Annual report on the working of the mental hospitals in the Madras Presidency - 1912-1932
Year: 1912
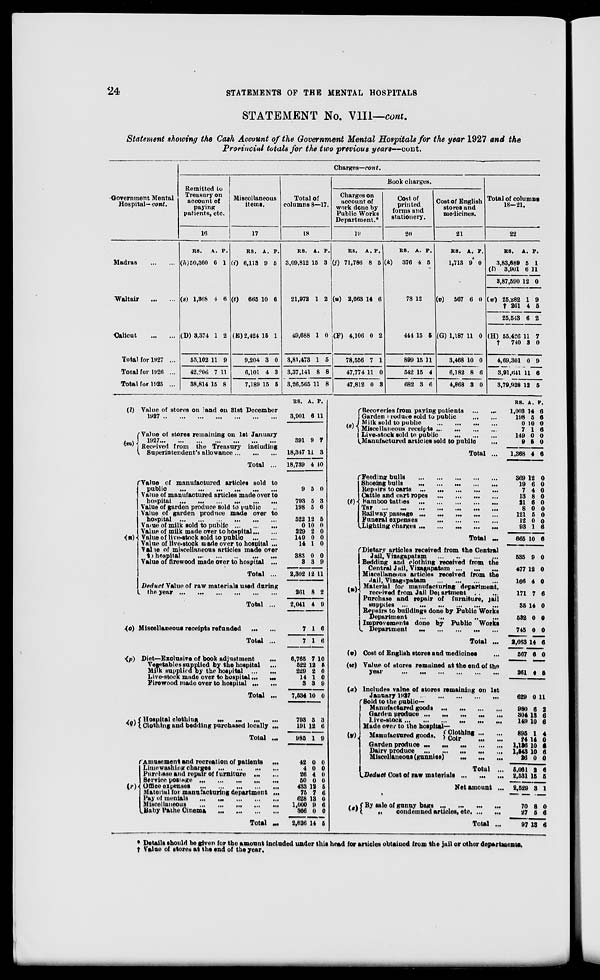
24
STATEMENTS OF THE MENTAL HOSPITALS
STATEMENT No. VIII—cont.
Statement showing the Cash Account of the Government Mental Hospitals for the year 1927 and the
Provincial totals for the two previous years—cont.
Government Mental
Hospital— cont.
Madras
...
...
Waltair
...
...
Calicut ... ...
Total for 1927 ...
Total for 1926 ...
Total for 1925 ...
Charges—cont.
Remitted to
Treasury on
account of
paying
patients, etc.
16
RS.
(h) 50,360
(s) 1,368
(D) 3,374
55,102
42,206
38,814
A.
6
4
1
11
7
15
P.
1
6
2
9
11
8
Miscellaneous
items.
17
RS.
(i) 6,113
(t)
665
(E) 2,424
9,204
6,101
7,189
A.
9
10
15
3
4
15
P.
5
6
1
0
3
5
Total of
columns 8—17.
18
RS.
3,09,812
21,972
49,686
3,81,473
3,37,141
3,26,565
A.
15
1
1
1
8
11
P.
3
2
0
5
8
8
Book charges.
Charges on
account of
work done by
Public Works
Department.*
19
RS.
(j) 71,786
(u) 2,663
(F) 4,106
78,556
47,774
47,812
A.
8
14
0
7
11
0
P.
5
6
2
1
0
3
Cost of
printed
forms and
stationery.
20
RS.
(k)
376
78
444
899
542
682
A.
4
12
15
15
15
3
P.
5
5
11
4
6
Cost of English
stores and
medicines.
21
RS.
1,713
(v)
567
(G) 1,187
3,468
6,182
4,868
A.
9
6
11
10
8
3
P.
0
0
0
0
6
0
Total of columns
18—21.
22
RS.
3,83,689
(l)
3,901
3,87,590
(w) 25,282
† 261
25,543
(H) 55,426
†
740
4,69,301
3,91,641
3,79,928
A.
5
6
12
1
4
6
11
3
0
11
12
P.
1
11
0
9
5
2
7
0
9
6
5
(l)
(m)
Value of stores on land on 31st December
1927
...
...
...
...
...
...
...
Value of stores remaining on 1st January
1927
...
...
...
...
...
...
...
Received from the Treasury including
Superintendent's allowance
...
...
...
Total ...
(o)
Value of manufactured articles sold to
public
...
...
...
...
...
...
Value of manufactured articles made over to
hospital ...
...
...
...
...
...
Value of garden produce sold to public ...
Value of garden produce made over to
hospital
...
...
...
...
...
...
Value of milk sold to public
...
...
...
Value of milk made over to hospital ... ...
Value of live-stock sold to public
...
...
Value of live-stock made over to hospital ...
Value of miscellaneous articles made over
to hospital ... ... ... ... ...
Value of firewood made over to hospital ...
Total ...
Deduct Value of raw materials used during
the year
...
...
...
...
...
...
Total ...
Miscellaneous receipts refunded
...
...
Total ...
(p) Diet—Exclusive of book adjustment
...
Vegetables supplied by the hospital ...
Milk supplied by the hospital
...
...
Live-stock made over to hospital ...
...
Firewood made over to hospital
...
...
Total ...
(q)
Hospital clothing
...
...
...
...
Clothing and bedding purchased locally ...
Total ...
(r)
Amusement and recreation of patients
...
Limewashing charges
...
...
...
...
Purchase and repair of furniture ... ...
Service postge
...
...
...
...
...
Office expenses
...
...
...
...
...
Material for manufacturing department ...
Pay of menials
...
...
...
...
...
Miscellaneous
...
...
...
...
...
Baby Pathe Cinema
...
...
...
...
Total ...
RS.
3,901
391
18,347
18,739
9
793
198
522
0
229
149
14
383
3
2,302
261
2,041
7
7
6,765
522
229
14
3
7,534
793
191
985
42
4
26
50
433
75
628
1,000
366
2,626
A.
6
9
11
4
5
5
5
12
10
2
0
1
0
3
12
8
4
1
1
7
12
2
1
3
10
5
12
1
0
0
4
0
12
7
13
9
0
14
P.
11
7
3
10
0
3
6
5
0
0
0
0
0
9
11
2
9
6
6
10
5
0
0
9
0
3
6
9
0
0
0
0
5
6
0
6
0
5
(s)
Recoveries from paying patients ... ...
Garden produce sold to public
...
...
Milk sold to public
...
...
...
...
Miscellaneous receipts
...
...
...
...
Live-stock sold to
public
...
...
...
Manufactured articles sold to public ...
Total ...
(t)
Feeding bulls ... ... ... ... ...
Shoeing bulls
...
...
...
...
...
Repairs to carts
...
...
...
...
...
Cattle and cart ropes ... ... ... ...
Bamboo tatties
...
...
...
...
...
Tar
...
...
...
...
...
...
...
Railway passage ...
...
...
...
...
Funeral expenses
...
...
...
...
Lighting charges
...
...
...
...
...
Total ...
(v)
(w)
Dietary articles received from the Central
Jail, Vizagapatam
...
...
...
...
Bedding and clothing received from the
Central Jail, Vizagapatam
...
...
...
Miscellaneous articles received from the
Jail, Vizagapatam
...
...
...
...
Material for manufacturing department,
received from Jail Department
...
...
Purchase and repair of furniture, jail
supplies
...
...
...
...
...
...
Repairs to buildings done by Public Works
Department
...
...
...
...
Improvements done by Public Works
Department
...
...
...
...
...
Total ...
Cost of English stores and medicines ...
Value of stores remained at the end of the
year ... ... ... ... ... ...
RS.
1,003
198
0
7
149
9
1,368
369
19
7
13
21
8
121
12
93
665
535
477
166
171
35
532
745
2,663
567
261
A.
14
5
10
1
0
5
4
12
6
4
8
6
0
5
0
1
10
9
12
4
7
14
0
0
14
6
4
P.
6
6
0
6
0
0
6
0
0
0
0
0
0
0
0
6
6
0
0
0
6
0
0
0
6
0
5
(x) Includes value of stores remaining on 1st
January 1927
...
...
...
...
...
(y)
Sold to the public—
Manufactured goods
...
...
...
...
Garden produce
...
...
...
...
...
Live-stock
...
...
...
...
...
...
Made over to the hospital—
Manufactured goods.
Clothing ... ...
Coir
...
...
Garden produce
...
...
...
...
...
Dairy produce
...
...
...
...
...
Miscellaneous (gunnies) ... ... ...
Total ...
Deduct Cost of raw materials ...
...
...
Net amount ...
(s) By sale of gunny bags ... ... ... ...
„ condemned articles, etc. ...
...
Total ...
629
980
304
149
895
24
1,136
1,543
26
5,061
2,531
2,529
70
27
97
0
6
13
10
1
14
10
10
0
2
15
3
8
5
13
11
2
6
6
4
0
6
6
0
6
5
1
0
6
6
* Details should be given for the amount included under this head for articles obtained from the jail or other departments.
† Value of stores at the end of the year.